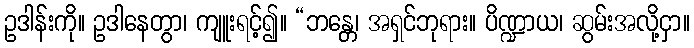
ဥဒါန်းကို။ ဥဒါနေတွာ၊ ကျူးရင့်၍။ “ဘန္တေ၊ အရှင်ဘုရား။ ပိဏ္ဍာယ၊ ဆွမ်းအလို့ငှာ။